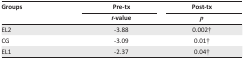
<table><thead><tr><td rowspan="2"><b>Groups</b></td><td><b>Pre-tx</b></td><td><b>Post-tx</b></td></tr><tr><td><b><i>t</i>-value</b></td><td><b><i>p</i></b></td></tr></thead><tbody><tr><td>EL2</td><td>-3.88</td><td>0.002†</td></tr><tr><td>CG</td><td>-3.09</td><td>0.01†</td></tr><tr><td>EL1</td><td>-2.37</td><td>0.04†</td></tr></tbody></table>